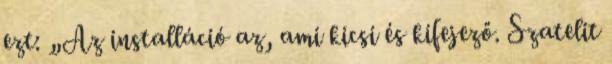
ezt: „Az installáció az, ami kicsi és kifejező. Szatelit